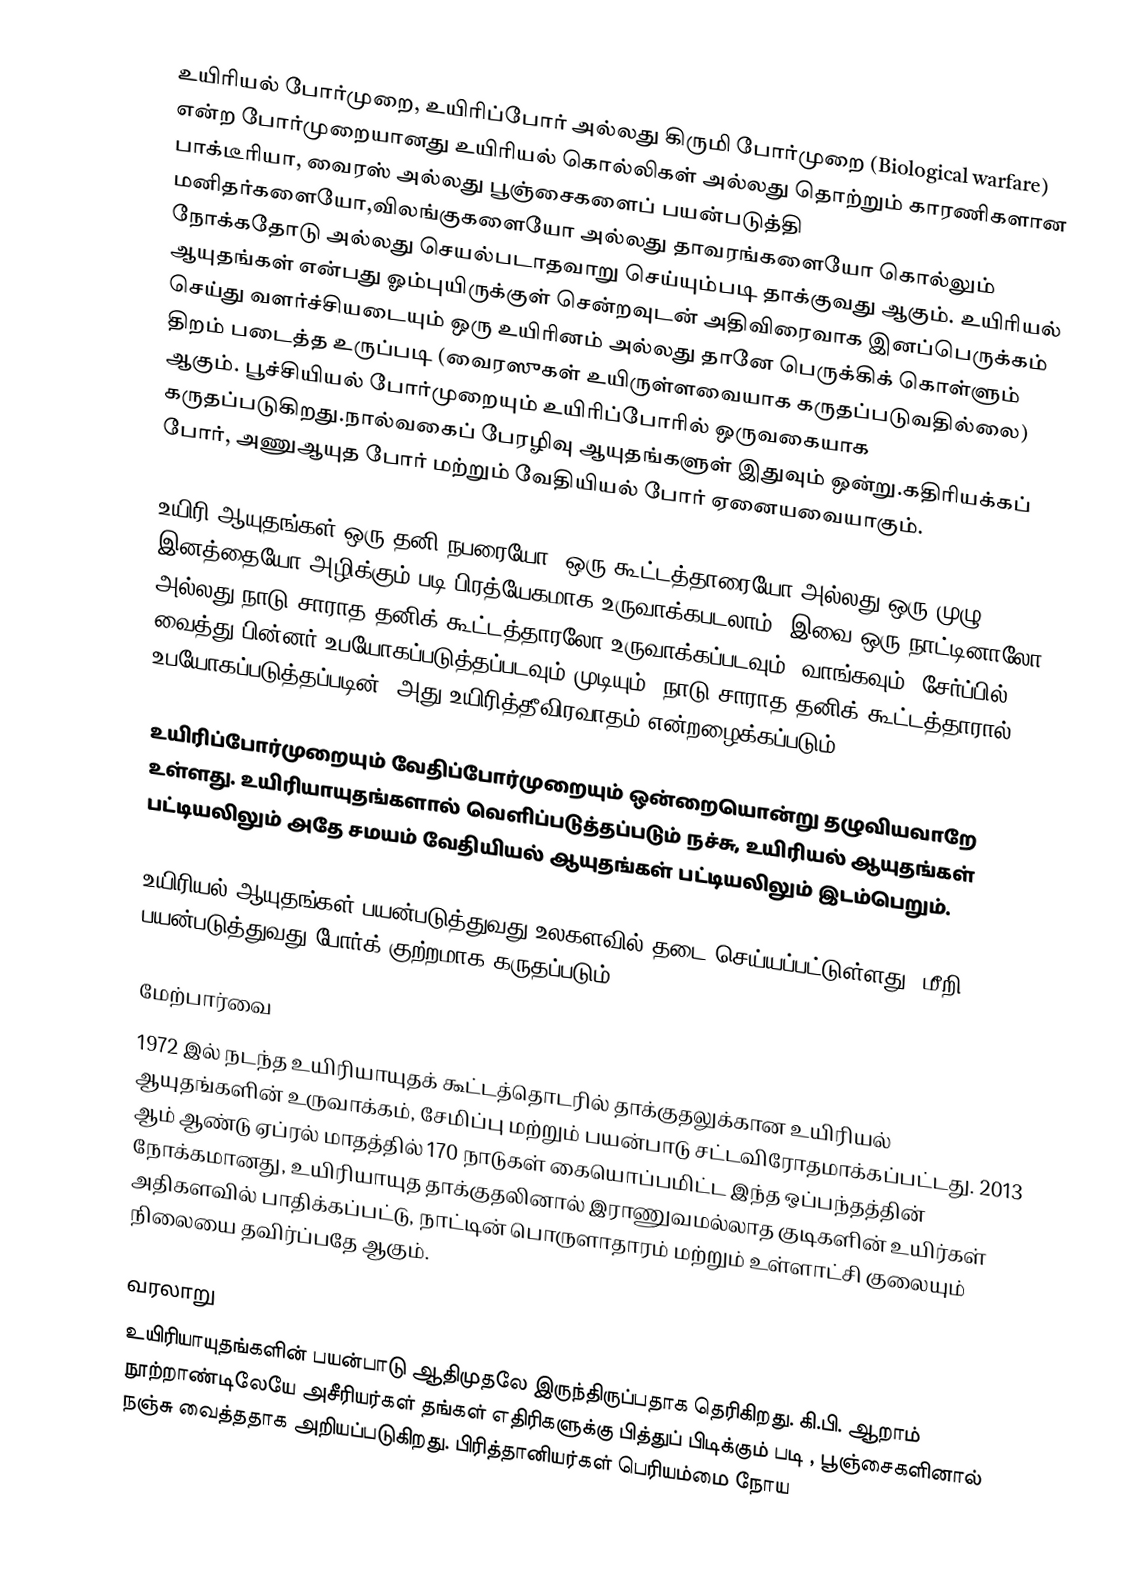
உயிரியல் போர்முறை, உயிரிப்போர் அல்லது கிருமி போர்முறை (Biological warfare) என்ற போர்முறையானது உயிரியல் கொல்லிகள் அல்லது தொற்றும் காரணிகளான பாக்டீரியா, வைரஸ் அல்லது பூஞ்சைகளைப் பயன்படுத்தி மனிதர்களையோ,விலங்குகளையோ அல்லது  தாவரங்களையோ கொல்லும் நோக்கதோடு அல்லது செயல்படாதவாறு செய்யும்படி தாக்குவது ஆகும். உயிரியல் ஆயுதங்கள் என்பது ஓம்புயிருக்குள் சென்றவுடன் அதிவிரைவாக இனப்பெருக்கம் செய்து வளர்ச்சியடையும் ஒரு உயிரினம் அல்லது தானே பெருக்கிக் கொள்ளும் திறம் படைத்த உருப்படி (வைரஸுகள் உயிருள்ளவையாக கருதப்படுவதில்லை) ஆகும். பூச்சியியல் போர்முறையும் உயிரிப்போரில் ஒருவகையாக கருதப்படுகிறது.நால்வகைப் பேரழிவு ஆயுதங்களுள் இதுவும் ஒன்று.கதிரியக்கப் போர், அணுஆயுத போர் மற்றும் வேதியியல் போர் ஏனையவையாகும்.

உயிரி ஆயுதங்கள் ஒரு தனி நபரையோ, ஒரு கூட்டத்தாரையோ அல்லது ஒரு முழு இனத்தையோ அழிக்கும் படி பிரத்யேகமாக உருவாக்கபடலாம். இவை ஒரு நாட்டினாலோ அல்லது நாடு சாராத தனிக் கூட்டத்தாரலோ உருவாக்கப்படவும், வாங்கவும், சேர்ப்பில் வைத்து பின்னர் உபயோகப்படுத்தப்படவும் முடியும். நாடு சாராத தனிக் கூட்டத்தாரால் உபயோகப்படுத்தப்படின், அது உயிரித்தீவிரவாதம் என்றழைக்கப்படும்.

உயிரிப்போர்முறையும் வேதிப்போர்முறையும் ஒன்றையொன்று தழுவியவாறே உள்ளது. உயிரியாயுதங்களால் வெளிப்படுத்தப்படும் நச்சு, உயிரியல் ஆயுதங்கள் பட்டியலிலும் அதே சமயம் வேதியியல் ஆயுதங்கள் பட்டியலிலும் இடம்பெறும்.

உயிரியல் ஆயுதங்கள் பயன்படுத்துவது உலகளவில் தடை செய்யப்பட்டுள்ளது. மீறி பயன்படுத்துவது போர்க் குற்றமாக கருதப்படும்.

மேற்பார்வை
1972 இல் நடந்த உயிரியாயுதக் கூட்டத்தொடரில் தாக்குதலுக்கான உயிரியல் ஆயுதங்களின் உருவாக்கம், சேமிப்பு மற்றும் பயன்பாடு சட்டவிரோதமாக்கப்பட்டது. 2013 ஆம் ஆண்டு ஏப்ரல் மாதத்தில் 170 நாடுகள் கையொப்பமிட்ட இந்த ஒப்பந்தத்தின் நோக்கமானது, உயிரியாயுத தாக்குதலினால் இராணுவமல்லாத குடிகளின் உயிர்கள் அதிகளவில் பாதிக்கப்பட்டு, நாட்டின் பொருளாதாரம் மற்றும் உள்ளாட்சி குலையும் நிலையை தவிர்ப்பதே ஆகும்.

வரலாறு
உயிரியாயுதங்களின் பயன்பாடு ஆதிமுதலே இருந்திருப்பதாக தெரிகிறது. கி.பி. ஆறாம் நூற்றாண்டிலேயே அசீரியர்கள் தங்கள் எதிரிகளுக்கு பித்துப் பிடிக்கும் படி , பூஞ்சைகளினால் நஞ்சு வைத்ததாக அறியப்படுகிறது. பிரித்தானியர்கள் பெரியம்மை நோய